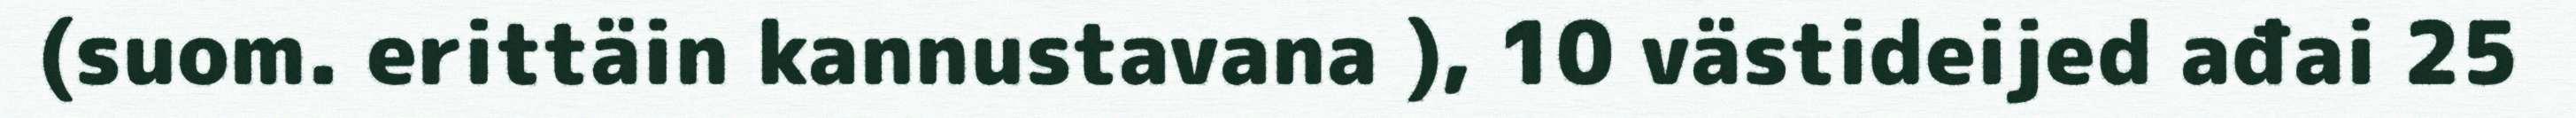
(suom. erittäin kannustavana ), 10 västideijed ađai 25